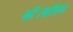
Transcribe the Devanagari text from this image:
की।कॉलम